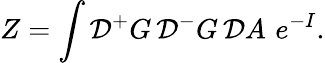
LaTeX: Z=\int{\cal D}{^+}G\, {\cal D}{^-}G\, {\cal D}A\, \, e^{-I}.